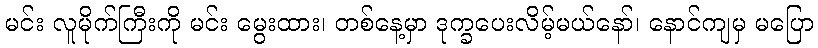
မင်း လူမိုက်ကြီးကို မင်း မွေးထား၊ တစ်နေ့မှာ ဒုက္ခပေးလိမ့်မယ်နော်၊ နောင်ကျမှ မပြော